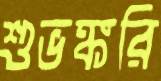
শুভঙ্করি